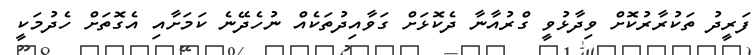
ފަރީދު ތަކުރާރުކޮށް ވިދާޅުވީ ގްރުއާނާ ދެކޮޅަށް ގަވާއިދުތަކެއް ނުހެދޭނެ ކަމަށާއި އެގޮތަށް ހެދުމަކީ